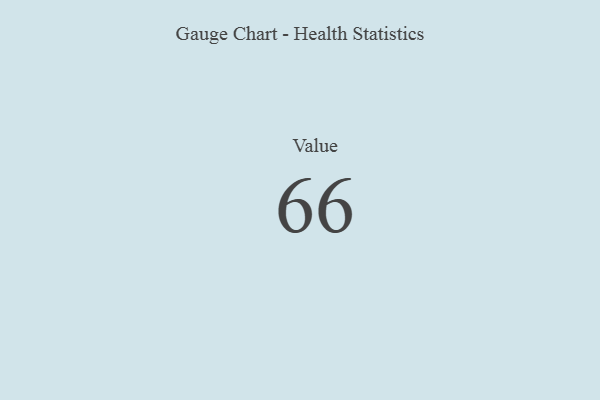
{"axis": {"x": "Metric", "y": "Value"}, "legend": [""], "data": [{"x": "Value", "y": 66, "type": ""}]}